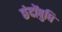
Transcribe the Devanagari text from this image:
छंदोंबुधि